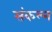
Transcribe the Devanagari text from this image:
संकल्न